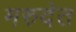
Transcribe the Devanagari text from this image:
मरुदेत